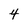
Character: 4